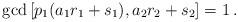
LaTeX: \begin{align*} {\rm gcd}\left[p_1(a_1r_1+s_1),a_2 r_2+s_2\right]=1\,. \end{align*}